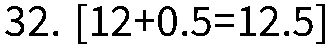
32. [12+0.5=12.5]